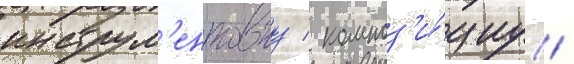
инструм'ентовку / композ'и́циу /